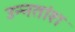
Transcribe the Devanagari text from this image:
उन्‍नतांश